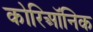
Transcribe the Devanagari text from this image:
कोरिऑनिक